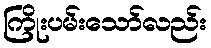
ကြိုးပမ်းသော်လည်း